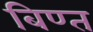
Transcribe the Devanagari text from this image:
बिण्त